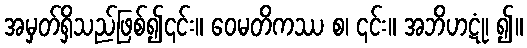
အမှတ်ရှိသည်ဖြစ်၍၎င်း။ ဝေမတိကဿ စ၊ ၎င်း။ အဘိဟဋုံ၊ ၍။